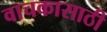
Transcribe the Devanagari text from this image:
वाचकासाठी